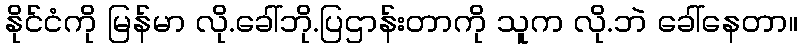
နိုင်ငံကို မြန်မာ လို.ခေါ်ဘို.ပြဌာန်းတာကို သူက လို.ဘဲ ခေါ်နေတာ။